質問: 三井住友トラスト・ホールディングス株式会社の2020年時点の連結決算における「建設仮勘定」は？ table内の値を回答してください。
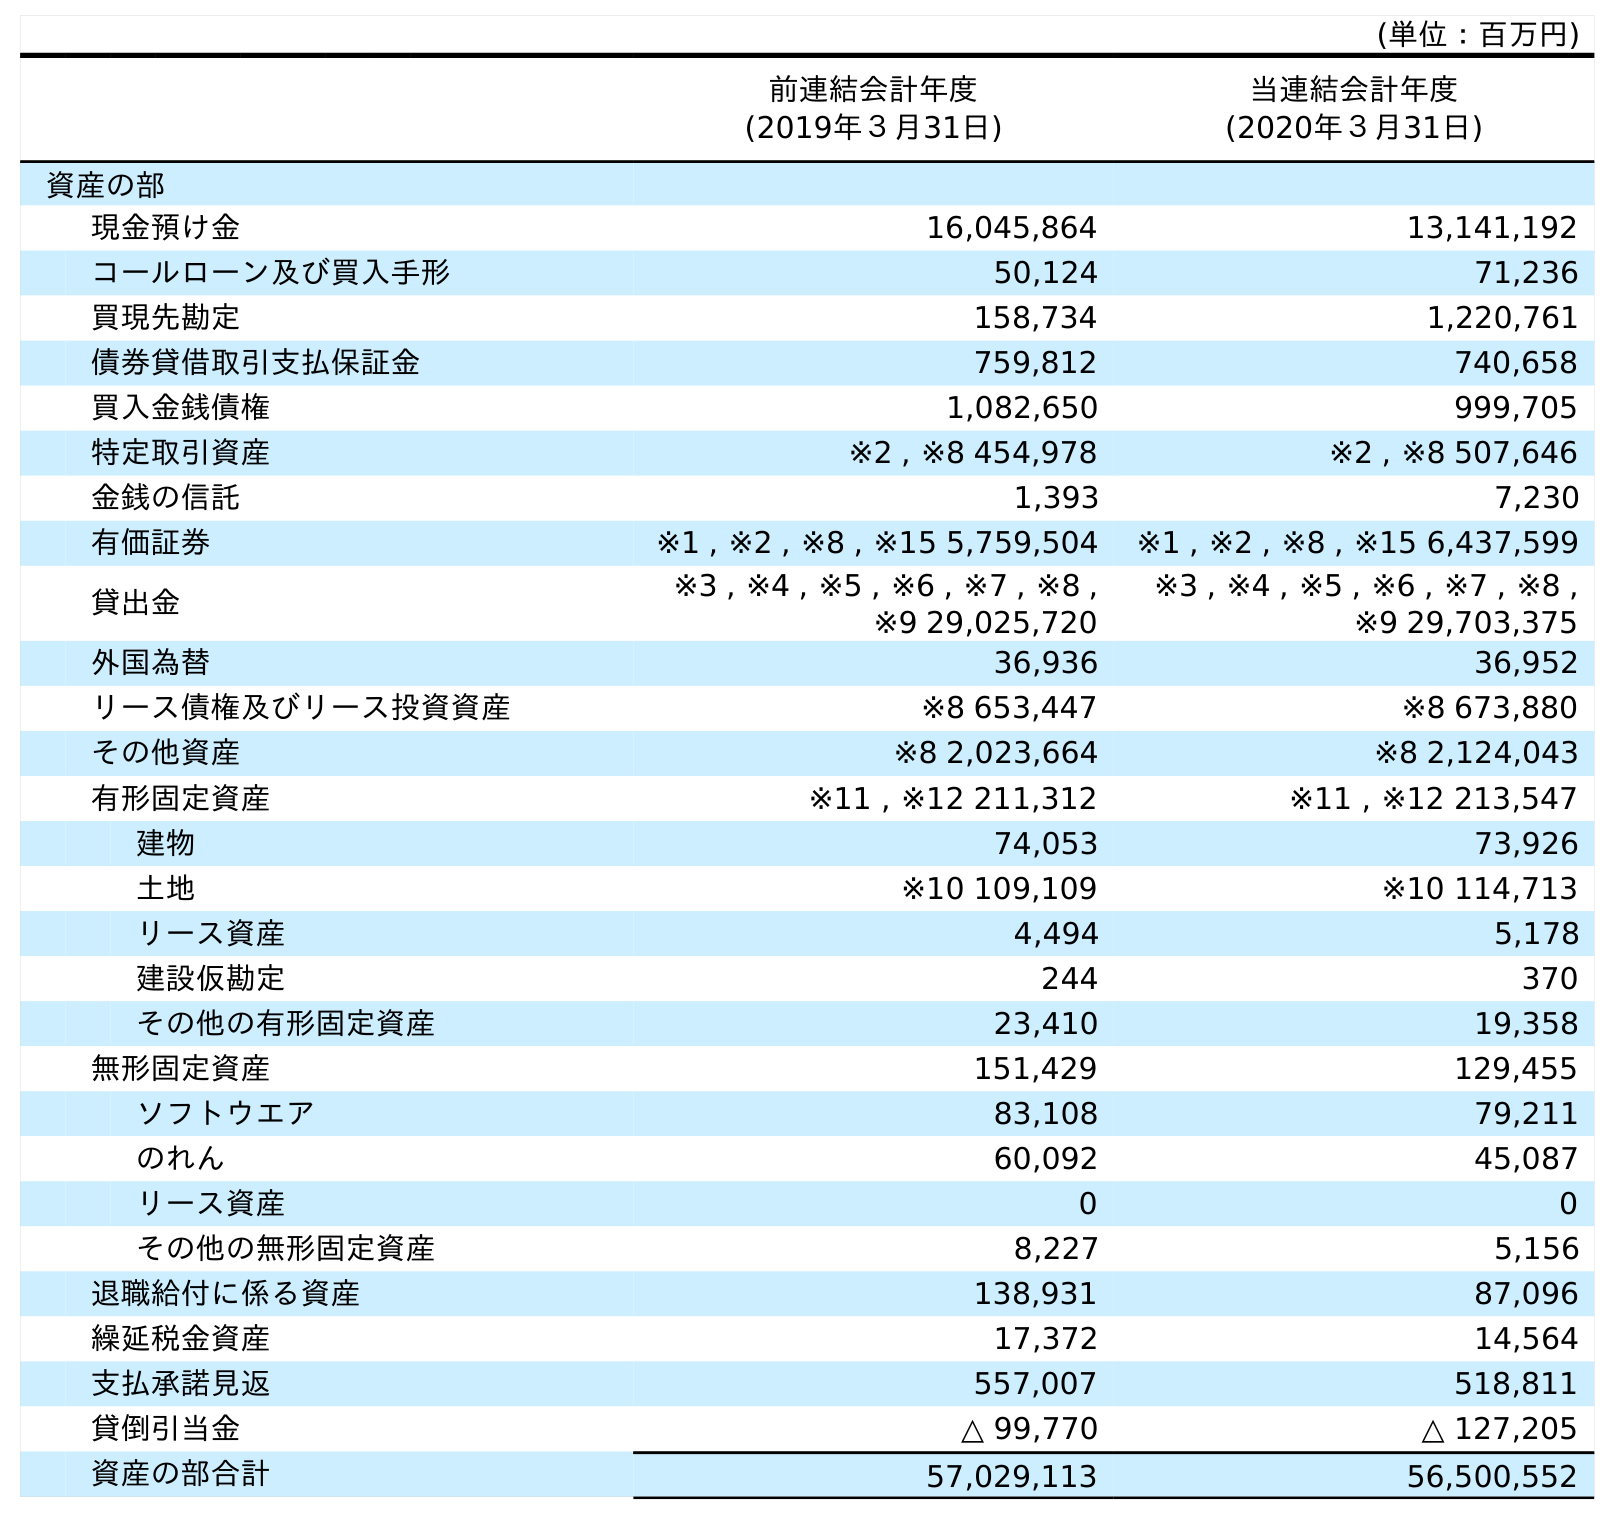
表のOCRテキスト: (単位：百万円) 前連結会計年度 (2019年３月31日) 当連結会計年度 (2020年３月31日) 資産の部 現金預け金 16,045,864 13,141,192 コールローン及び買入手形 50,124 71,236 買現先勘定 158,734 1,220,761 債券貸借取引支払保証金 759,812 740,658 買入金銭債権 1,082,650 999,705 特定取引資産 ※2 , ※8 454,978 ※2 , ※8 507,646 金銭の信託 1,393 7,230 有価証券 ※1 , ※2 , ※8 , ※15 5,759,504 ※1 , ※2 , ※8 , ※15 6,437,599 貸出金 ※3 , ※4 , ※5 , ※6 , ※7 , ※8 , ※9 29,025,720 ※3 , ※4 , ※5 , ※6 , ※7 , ※8 , ※9 29,703,375 外国為替 36,936 36,952 リース債権及びリース投資資産 ※8 653,447 ※8 673,880 その他資産 ※8 2,023,664 ※8 2,124,043 有形固定資産 ※11 , ※12 211,312 ※11 , ※12 213,547 建物 74,053 73,926 土地 ※10 109,109 ※10 114,713 リース資産 4,494 5,178 建設仮勘定 244 370 その他の有形固定資産 23,410 19,358 無形固定資産 151,429 129,455 ソフトウエア 83,108 79,211 のれん 60,092 45,087 リース資産 0 0 その他の無形固定資産 8,227 5,156 退職給付に係る資産 138,931 87,096 繰延税金資産 17,372 14,564 支払承諾見返 557,007 518,811 貸倒引当金 △ 99,770 △ 127,205 資産の部合計 57,029,113 56,500,552
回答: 370